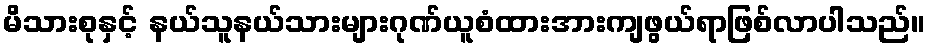
မိသားစုနှင့် နယ်သူနယ်သားများဂုဏ်ယူစံထားအားကျဖွယ်ရာဖြစ်လာပါသည်။